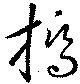
橋